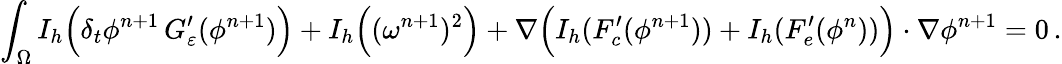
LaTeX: \displaystyle\int_{\Omega}I_{h}\Big(\delta_{t}\phi^{n+1}\, G_{\varepsilon}^{\prime}(\phi^{n+1})\Big)+I_{h}\Big((\omega^{n+1})^{2}\Big)+\nabla\Big(I_{h}(F_{c}^{\prime}(\phi^{n+1}))+I_{h}(F_{e}^{\prime}(\phi^{n}))\Big)\cdot\nabla\phi^{n+1}=0\, .